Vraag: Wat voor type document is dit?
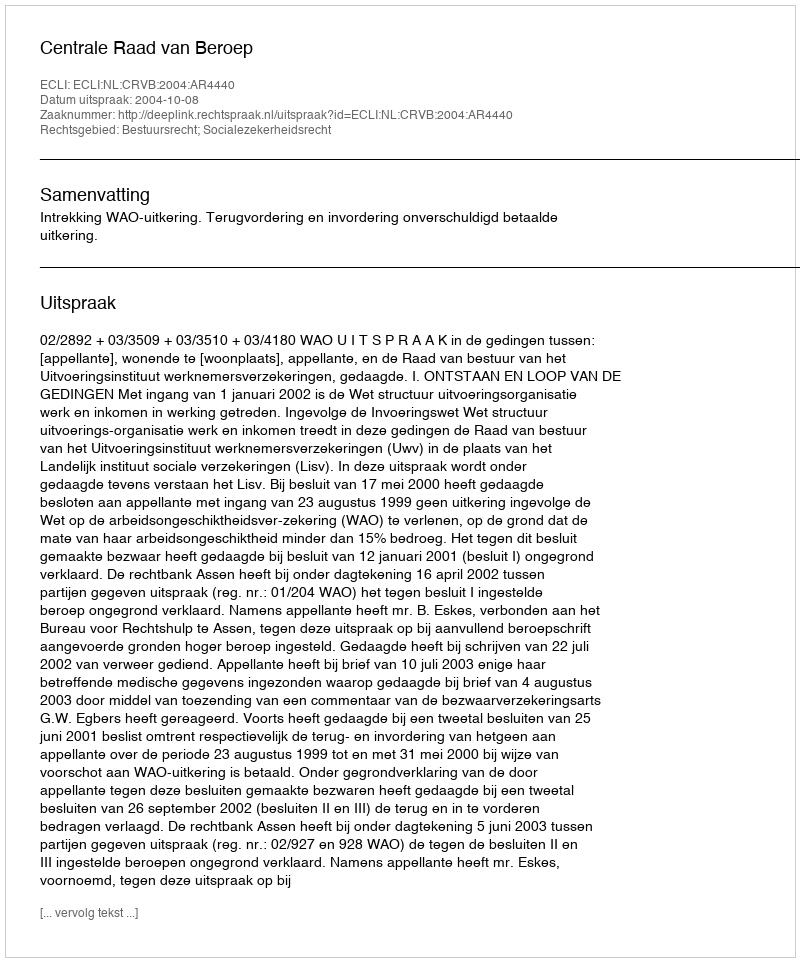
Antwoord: Uitspraak